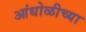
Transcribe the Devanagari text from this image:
आंधोळीच्या